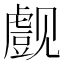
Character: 𰴞